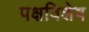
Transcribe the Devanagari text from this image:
पक्षविशेष